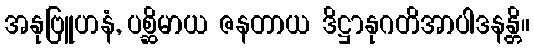
အနုဗြူဟနံ, ပစ္ဆိမာယ ဇနတာယ ဒိဋ္ဌာနုဂတိအာပါဒနန္တိ။